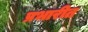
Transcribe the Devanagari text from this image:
प्रभारीत